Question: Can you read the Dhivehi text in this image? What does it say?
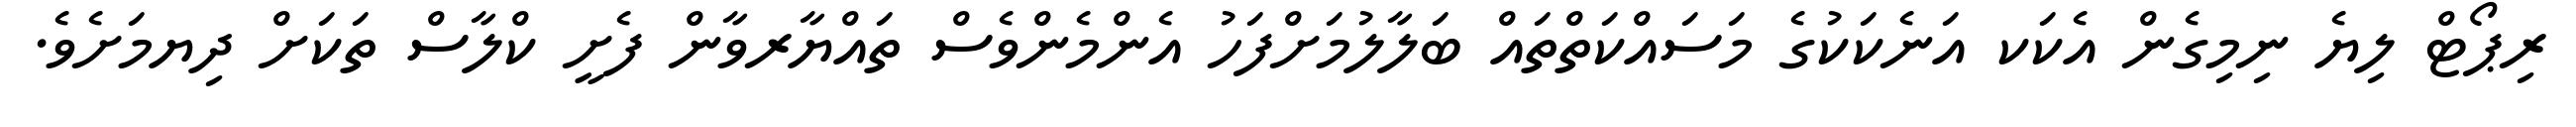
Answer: ރިޕޯޓް ލިޔެ ނިމިގެން އެކަކ އަނެކަކުގެ މަސައްކަތްތައް ބަލާލުމަށްފަހު އެންމެންވެސް ތައްޔާރވާން ފެށީ ކްލާސް ތަކަށް ދިޔމަށެވެ.